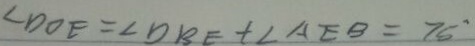
\angle D O E = \angle D B E + \angle A E B = 7 6 ^ { \circ }